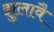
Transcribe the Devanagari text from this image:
झुलावै